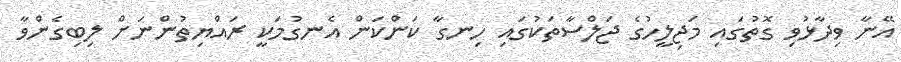
އޭނާ ވިދާޅުވި ގޮތުގައި މަޖިލީހުގެ ޖަލްސާތަކުގައި ހިނގާ ކަންކަން އެނގުމަކީ ރައްޔިތުންނަށް ލިބިގެންވާ